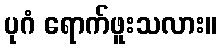
ပုဂံ ရောက်ဖူးသလား။